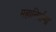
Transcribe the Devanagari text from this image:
महानिर्वाणा